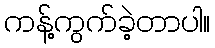
ကန့်ကွက်ခဲ့တာပါ။